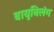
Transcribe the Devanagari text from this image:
वायुविलंग